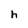
Character: h